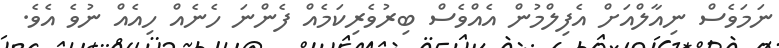
ނަމަވެސް ނިއާލްއަށް އެފިލްމުން އެއްވެސް ބިރުވެރިކަމެއް ފެންނަ ހެނެއް ހިއެއް ނުވެ އެވެ.